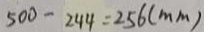
5 0 0 - 2 4 4 = 2 5 6 ( m m )